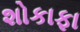
શોકાફા